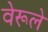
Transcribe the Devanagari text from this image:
वेरूले